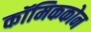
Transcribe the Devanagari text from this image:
कॉमिककोन